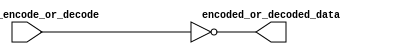


module Encoder_Decoder1(
  input [7:0] data_to_encode_or_decode ,
  output [7:0] encoded_or_decoded_data
	);
  
  
  // First option to encode/decode
  
  assign encoded_or_decoded_data = ~ data_to_encode_or_decode ; 
  
                        
endmodule



//	//  Another way to make the same thing 
//   genvar i;
//   generate
//     for(i = 7; i>=0; i=i-1) begin
//       assign encoded_or_decoded_data[7-i] = ~ data_to_encode_or_decode[i];
//     end
//   endgenerate
  


// ~~~~~~~~~~~~~~~~~~~~~~~~~~~~~~~~~~~~~~~~~~~~~~~~~~~~~~~~~~~~~~~~~~~~~~~~~~~~~~~~~~~~~~~~~~~~~~~~~~~~~~~~

// All the encode-decode option in the 3 files  

  // ~~~~~~~~~~~~~~~~~~~~~~~~~~ First option ~~~~~~~~~~~~~~~~~~~~~~~~~~
  
//   assign encoded_or_decoded_data = ~ data_to_encode_or_decode ; 
  
  // ~~~~~~~~~~~~~~~~~~~~~~~~~~ Second option ~~~~~~~~~~~~~~~~~~~~~~~~~~
  
//   assign 	encoded_or_decoded_data[0] = 	~ data_to_encode_or_decode[7];
//   assign 	encoded_or_decoded_data[1] = 	~ data_to_encode_or_decode[6];
//   assign 	encoded_or_decoded_data[2] = 	~ data_to_encode_or_decode[5];
//   assign 	encoded_or_decoded_data[3] = 	~ data_to_encode_or_decode[4];
//   assign 	encoded_or_decoded_data[4] = 	~ data_to_encode_or_decode[3];
//   assign 	encoded_or_decoded_data[5] = 	~ data_to_encode_or_decode[2];
//   assign 	encoded_or_decoded_data[6] = 	~ data_to_encode_or_decode[1];
//   assign 	encoded_or_decoded_data[7] = 	~ data_to_encode_or_decode[0];
  
  
  // ~~~~~~~~~~~~~~~~~~~~~~~~~~ Third  option ~~~~~~~~~~~~~~~~~~~~~~~~~~
  
//   // Flip the first 4
//   assign 	encoded_or_decoded_data[0] = 	~ data_to_encode_or_decode[3];
//   assign 	encoded_or_decoded_data[1] = 	~ data_to_encode_or_decode[2];
//   assign 	encoded_or_decoded_data[2] = 	~ data_to_encode_or_decode[1];
//   assign 	encoded_or_decoded_data[3] = 	~ data_to_encode_or_decode[0];
  
  
//   // Flip the last 4
//   assign 	encoded_or_decoded_data[4] = 	~ data_to_encode_or_decode[7];
//   assign 	encoded_or_decoded_data[5] = 	~ data_to_encode_or_decode[6];
//   assign 	encoded_or_decoded_data[6] = 	~ data_to_encode_or_decode[5];
//   assign 	encoded_or_decoded_data[7] = 	~ data_to_encode_or_decode[4];
  
          
    

  
  // ~~~~~~~~~~~~~~~~~~~~~~~~~~ Back-up statements ~~~~~~~~~~~~~~~~~~~~~~~~~~
    
//   encoded_or_decoded_data[0] = 	data_to_encode_or_decode[
//   encoded_or_decoded_data[1] = 	data_to_encode_or_decode[
//   encoded_or_decoded_data[2] = 	data_to_encode_or_decode[
//   encoded_or_decoded_data[3] = 	data_to_encode_or_decode[
//   encoded_or_decoded_data[4] = 	data_to_encode_or_decode[
//   encoded_or_decoded_data[5] = 	data_to_encode_or_decode[
//   encoded_or_decoded_data[6] = 	data_to_encode_or_decode[
//   encoded_or_decoded_data[7] = 	data_to_encode_or_decode[